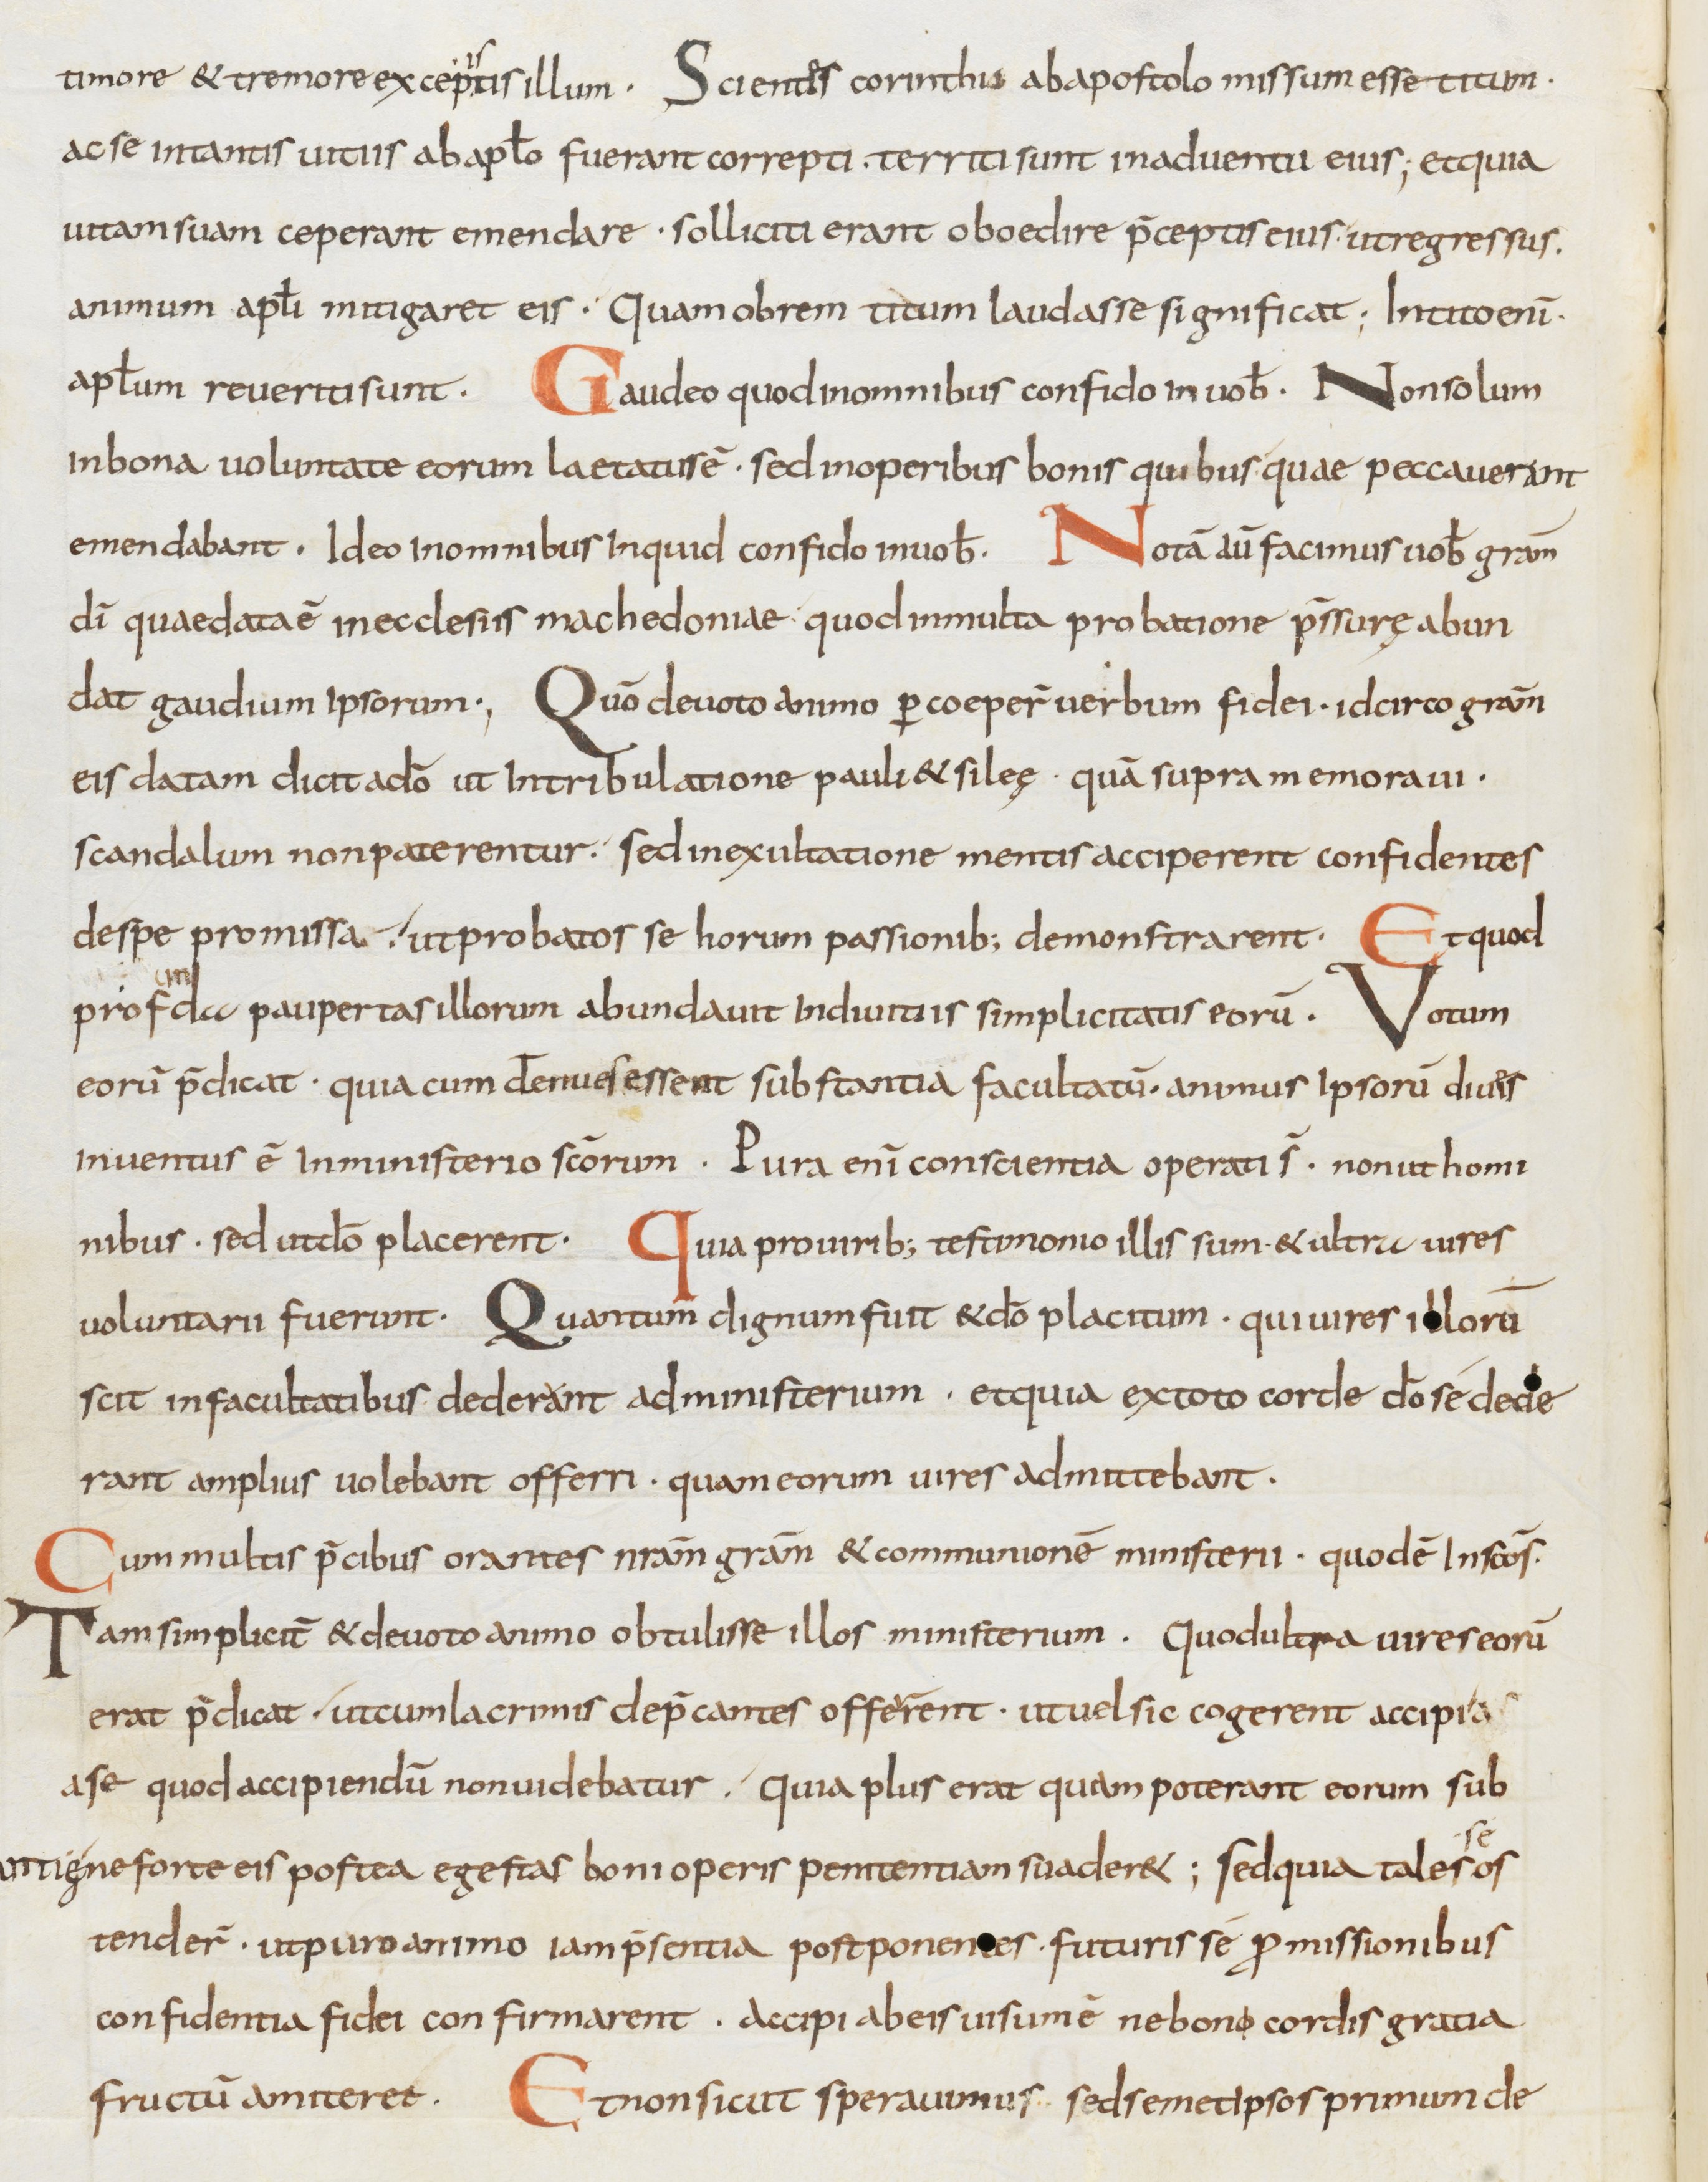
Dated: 800–899